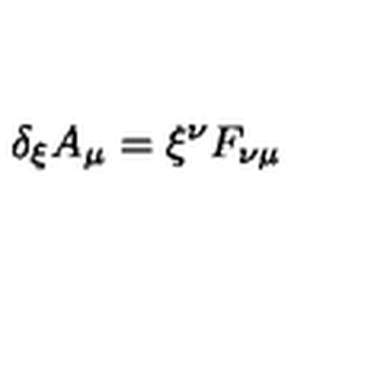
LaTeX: \delta _ { \xi } A _ { \mu } = \xi ^ { \nu } F _ { \nu \mu }